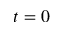
t = 0